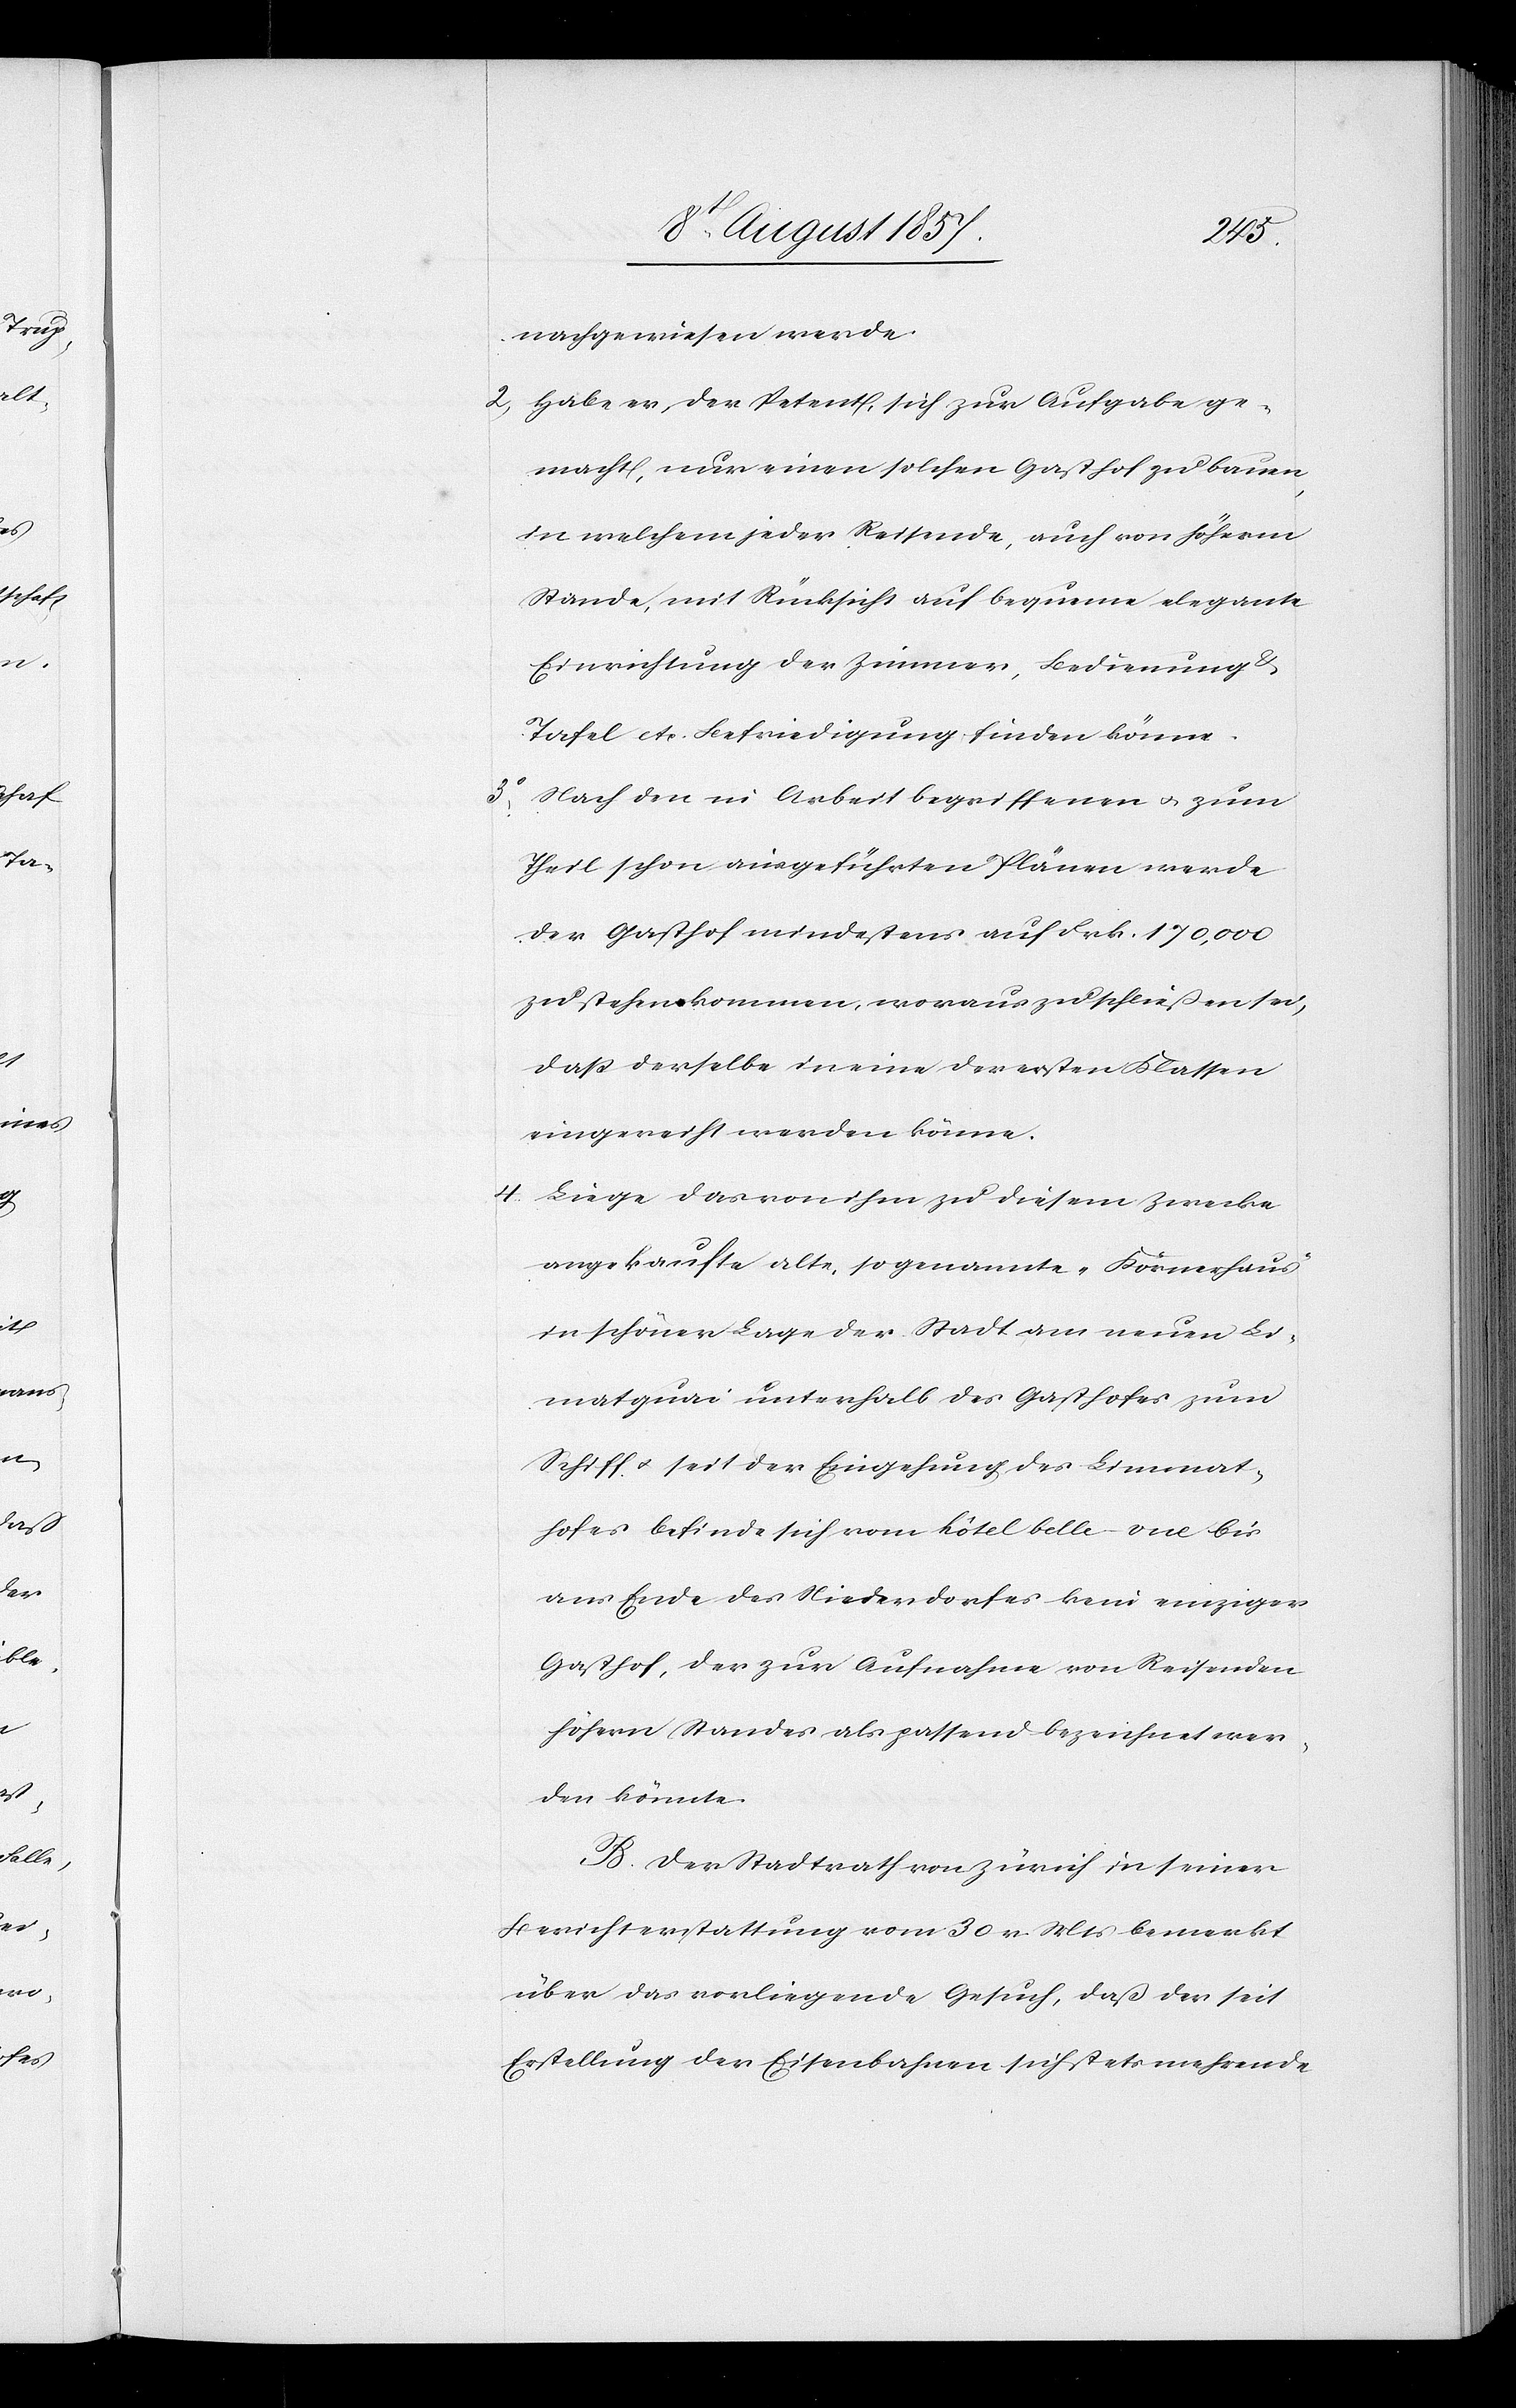
nachgewiesen werde.
2. Habe er, der Petent, sich zur Aufgabe ge¬
macht, nur einen solchen Gasthof zu bauen,
in welchem jeder Reisende, auch von höherm
Stande, mit Rücksicht auf bequeme elegante
Einrichtung der Zimmer, Bedienung
Tafel etc. Befriedigung finden könne.
3o, Nach den in Arbeit begriffenen & zum
Theil schon eingeführten Plänen werde
der Gasthof mindestens auf Frk. 170,000
zu stehen kommen, woraus zu schließen sei,
daß derselbe in eine der ersten Klassen
eingeweiht werden könne.
4. Liege das von ihm zu diesem Zwecke
angekaufte alte, sogenannte „Körnerhaus“
in schöner Lage der Stadt am neuen Li¬
mmatquai unterhalb des Gasthofes zum
Schiff & seit der Eingehung des Limmat¬
hofes befinde sich vom Hôtel belle-vue bis
ans Ende des Niederdorfes kein einziger
Gasthof, der zur Aufnahme von Reisenden
höhern Standes als passend bezeichnet wer¬
den könnte.
B. Der Stadtrath von Zürich in seiner
Berichterstattung vom 30 v. Mts. bemerkt
über das vorliegende Gesuch, daß der seit
Erstellung der Eisenbahnen sich stets mehrende